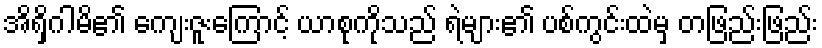
အိရှိဂါမိ၏ ကျေးဇူးကြောင့် ယာစုကိုသည် ရဲများ၏ ပစ်ကွင်းထဲမှ တဖြည်းဖြည်း